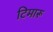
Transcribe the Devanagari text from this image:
टिमारू